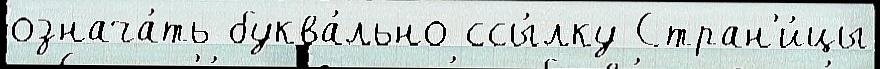
означа́ть буква́льно ссы́лку Стран'и́цы